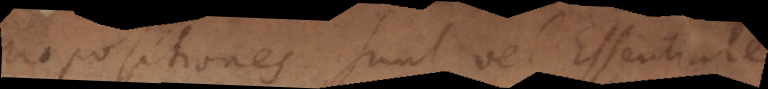
Propositiones sunt vel Essentiales